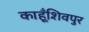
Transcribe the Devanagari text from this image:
काहूँशिवपुर